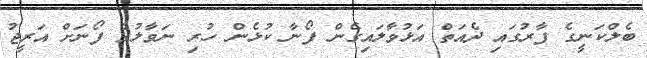
ބެލްކަނީގެ ފާރުގައި ދެއަތް އަޅުވާލައިގެން ފޯނާ ކުޅެން ހުރި ނަވާލުގެ ފޯނަށް އަރީޖު